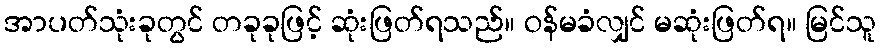
အာပတ်သုံးခုတွင် တခုခုဖြင့် ဆုံးဖြတ်ရသည်။ ဝန်မခံလျှင် မဆုံးဖြတ်ရ။ မြင်သူ